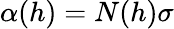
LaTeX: \alpha(h)=N(h)\sigma